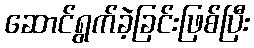
ဆောင်ရွက်ခဲ့ခြင်းဖြစ်ပြီး